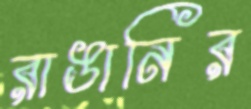
রাঙানির